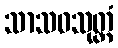
သာသဝသုတ္တံ